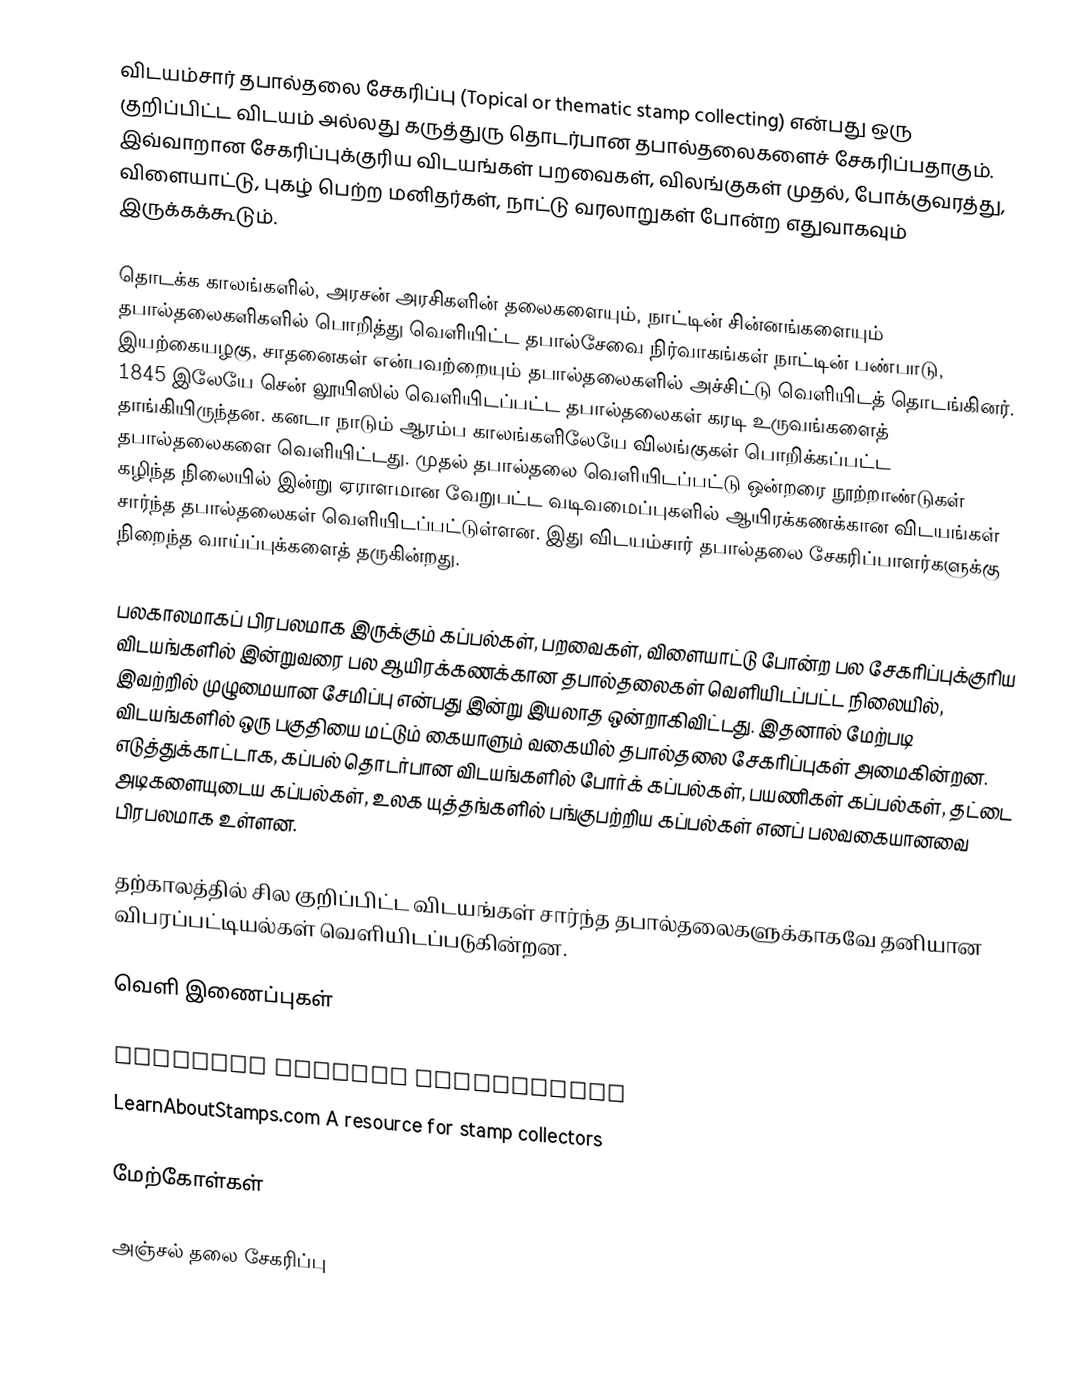
விடயம்சார் தபால்தலை சேகரிப்பு (Topical or thematic stamp collecting) என்பது ஒரு குறிப்பிட்ட விடயம் அல்லது கருத்துரு தொடர்பான தபால்தலைகளைச் சேகரிப்பதாகும். இவ்வாறான சேகரிப்புக்குரிய விடயங்கள் பறவைகள், விலங்குகள் முதல், போக்குவரத்து, விளையாட்டு, புகழ் பெற்ற மனிதர்கள், நாட்டு வரலாறுகள் போன்ற எதுவாகவும் இருக்கக்கூடும்.

தொடக்க காலங்களில், அரசன் அரசிகளின் தலைகளையும், நாட்டின் சின்னங்களையும் தபால்தலைகளிகளில் பொறித்து வெளியிட்ட தபால்சேவை நிர்வாகங்கள் நாட்டின் பண்பாடு, இயற்கையழகு, சாதனைகள் என்பவற்றையும் தபால்தலைகளில் அச்சிட்டு வெளியிடத் தொடங்கினர். 1845 இலேயே சென் லூயிஸில் வெளியிடப்பட்ட தபால்தலைகள் கரடி உருவங்களைத் தாங்கியிருந்தன. கனடா நாடும் ஆரம்ப காலங்களிலேயே விலங்குகள் பொறிக்கப்பட்ட தபால்தலைகளை வெளியிட்டது. முதல் தபால்தலை வெளியிடப்பட்டு ஒன்றரை நூற்றாண்டுகள் கழிந்த நிலையில் இன்று ஏராளமான வேறுபட்ட வடிவமைப்புகளில் ஆயிரக்கணக்கான விடயங்கள் சார்ந்த தபால்தலைகள் வெளியிடப்பட்டுள்ளன. இது விடயம்சார் தபால்தலை சேகரிப்பாளர்களுக்கு நிறைந்த வாய்ப்புக்களைத் தருகின்றது.

பலகாலமாகப் பிரபலமாக இருக்கும் கப்பல்கள், பறவைகள், விளையாட்டு போன்ற பல சேகரிப்புக்குரிய விடயங்களில் இன்றுவரை பல ஆயிரக்கணக்கான தபால்தலைகள் வெளியிடப்பட்ட நிலையில், இவற்றில் முழுமையான சேமிப்பு என்பது இன்று இயலாத ஒன்றாகிவிட்டது. இதனால் மேற்படி விடயங்களில் ஒரு பகுதியை மட்டும் கையாளும் வகையில் தபால்தலை சேகரிப்புகள் அமைகின்றன. எடுத்துக்காட்டாக, கப்பல் தொடர்பான விடயங்களில் போர்க் கப்பல்கள், பயணிகள் கப்பல்கள், தட்டை அடிகளையுடைய கப்பல்கள், உலக யுத்தங்களில் பங்குபற்றிய கப்பல்கள் எனப் பலவகையானவை பிரபலமாக உள்ளன.

தற்காலத்தில் சில குறிப்பிட்ட விடயங்கள் சார்ந்த தபால்தலைகளுக்காகவே தனியான விபரப்பட்டியல்கள் வெளியிடப்படுகின்றன.

வெளி இணைப்புகள்

American Topical Association
LearnAboutStamps.com A resource for stamp collectors

மேற்கோள்கள்

அஞ்சல் தலை சேகரிப்பு